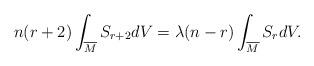
LaTeX: \begin{align*} n(r+2)\int_{\overline{M}}S_{r+2}dV=\lambda(n-r)\int_{\overline{M}}S_{r}dV. \end{align*}